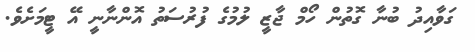
ގަވާއިދު ބުނާ ގޮތުން ހޯމް ޖާޒީ ލުމުގެ ފުރުސަތު އޮންނާނީ އޭ ޓީމަށެވެ.